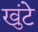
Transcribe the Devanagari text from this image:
खुंटे